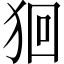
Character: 𤞑